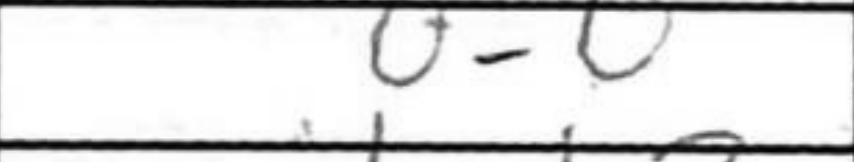
Transcription: O-O